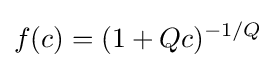
f(c)=(1+Qc)^{-1/Q}